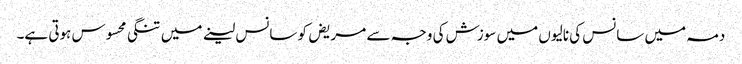
دمہ میں سانس کی نالیوں میں سوزش کی وجہ سے مریض کو سانس لینے میں تنگی محسوس ہوتی ہے۔